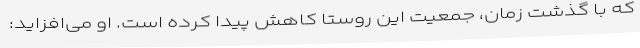
که با گذشت زمان، جمعیت این روستا کاهش پیدا کرده است. او می‌افزاید: